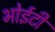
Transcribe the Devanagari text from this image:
भोईटी